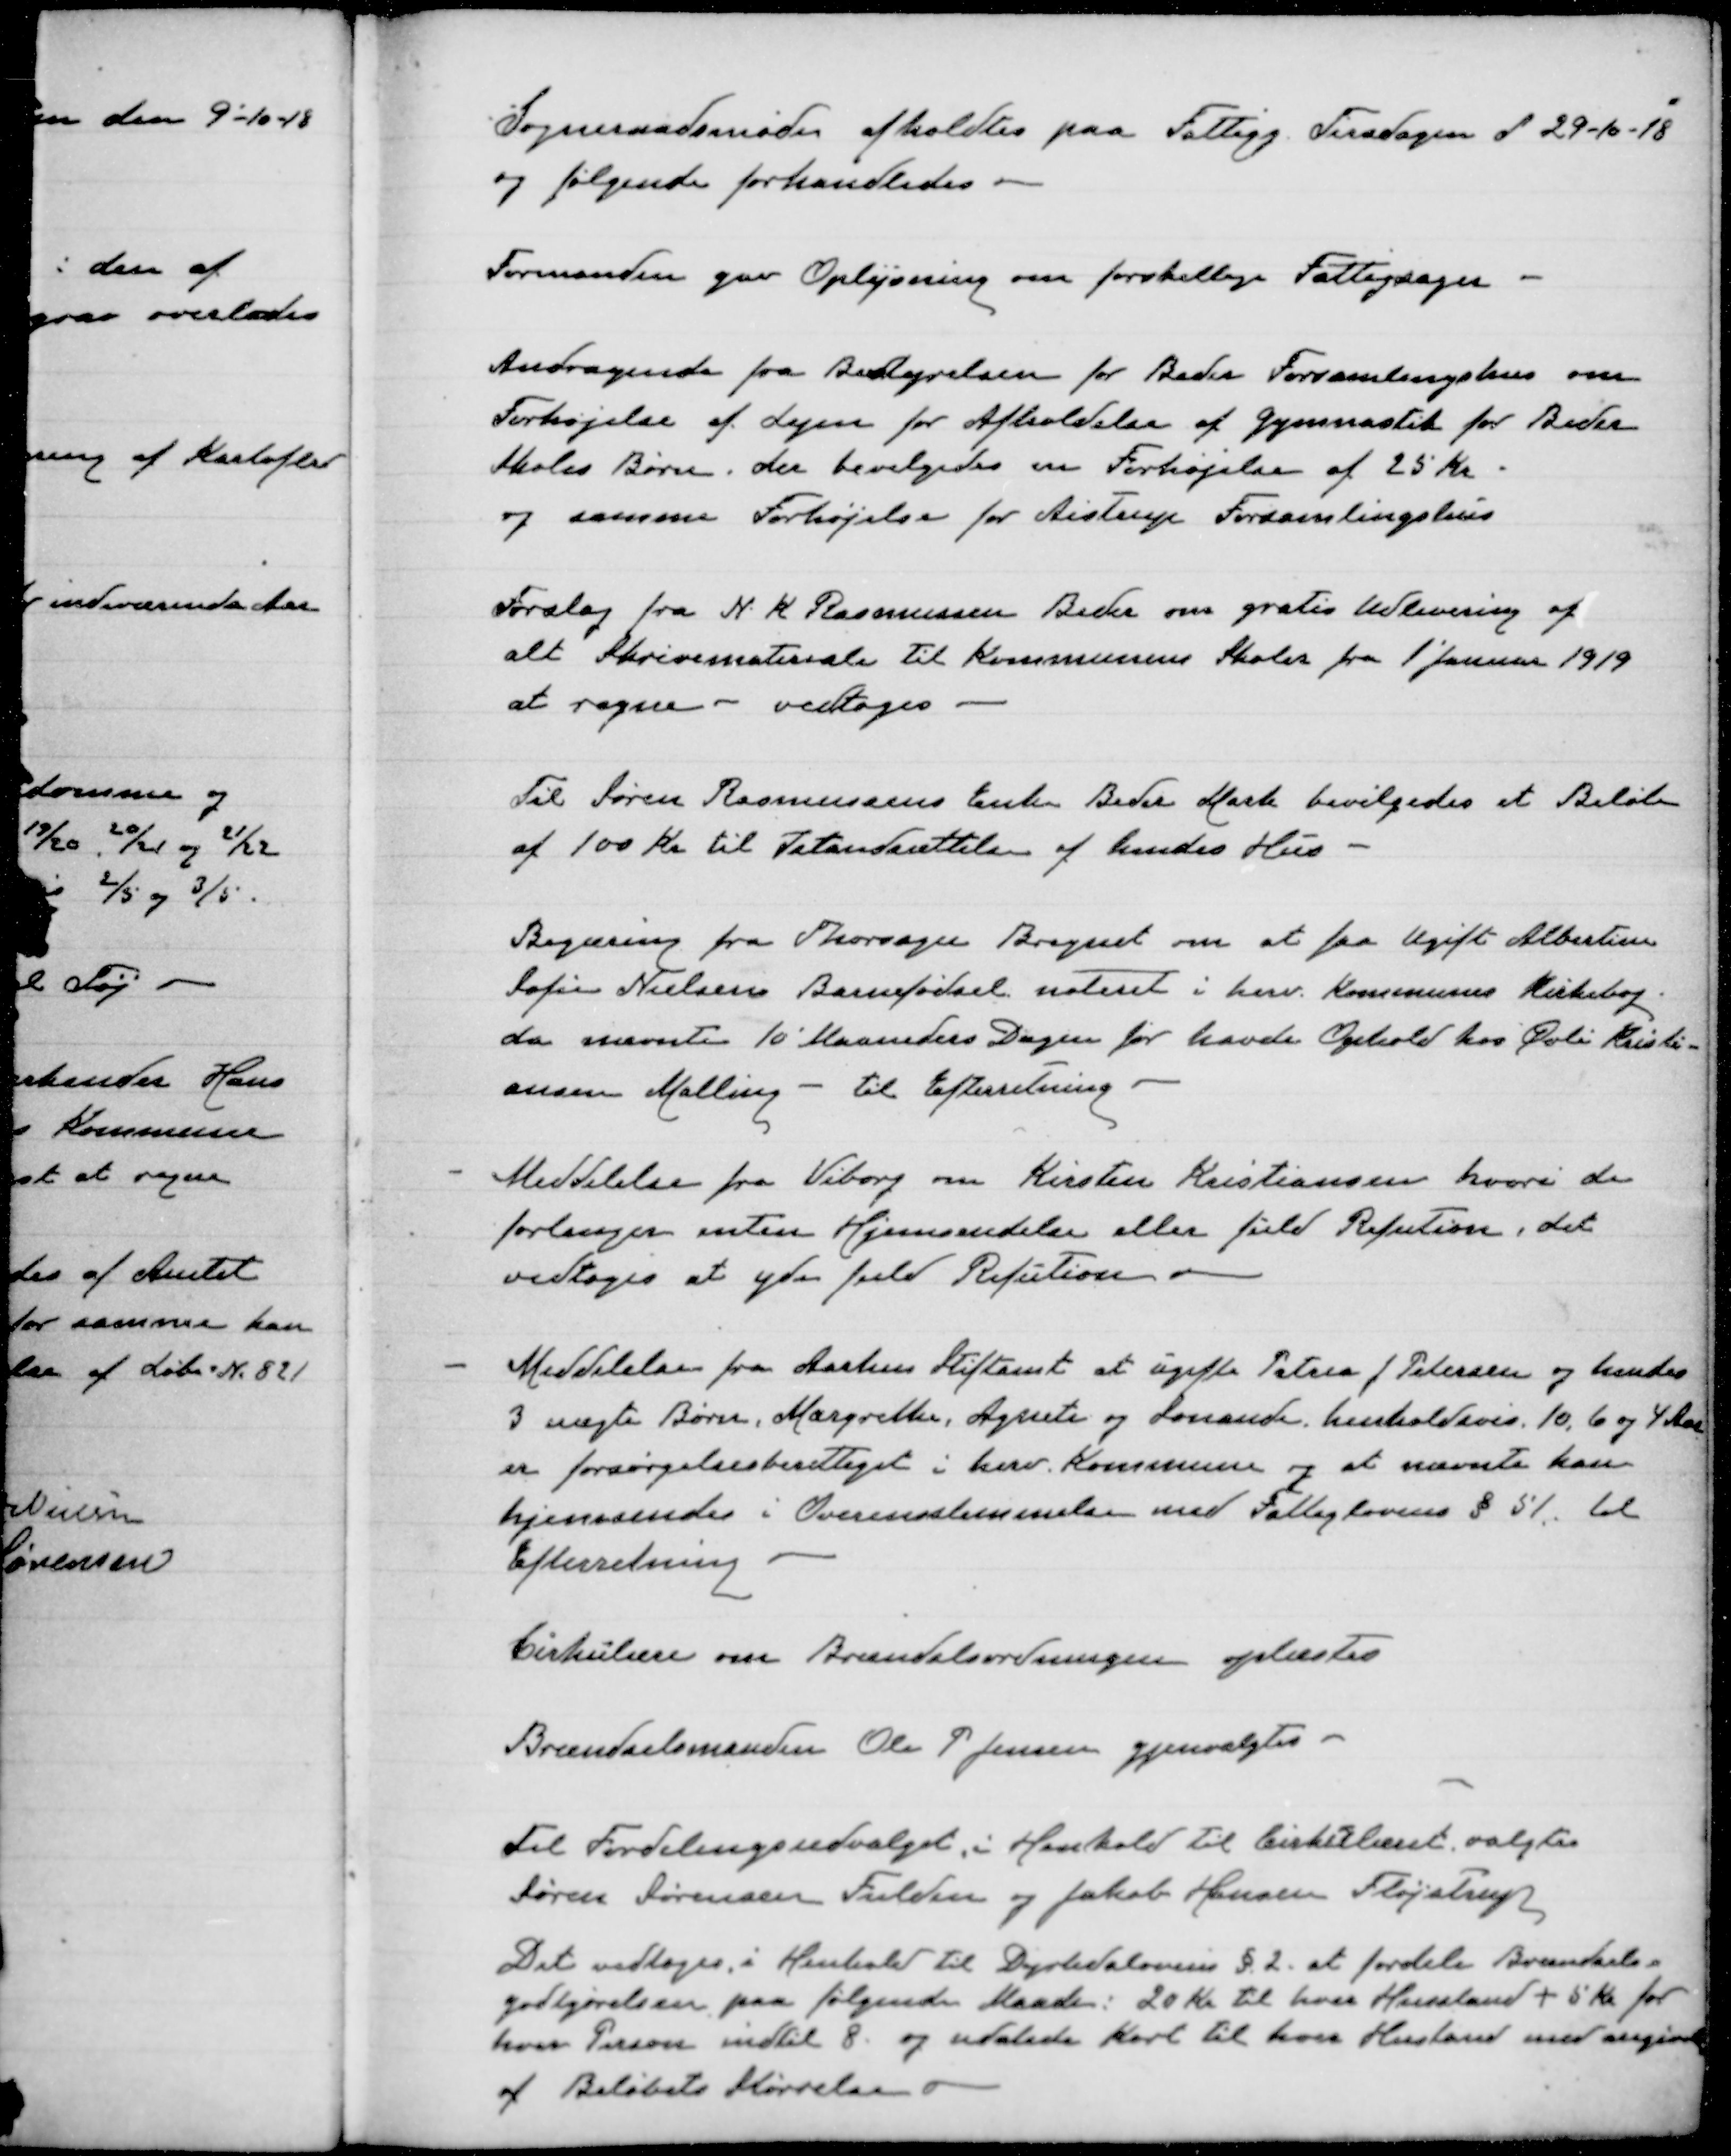
Transskription:
Sogneraadsmøde afholdets paa Fattigg. Tirsdagen d 29-10-18
og følgende forhandledes

Formanden gav Oplysning om forskellige Fattigsager

Andragende fra Bestyrelsen for Beder Forsamlingshus om
Forhøjelse af Lejen for Afholdelse af Gymnastik for Beder
Skoles Børn. Der bevilgedes en Forhøjelse af 25 Kr
og samme Forhøjelse for Aistrup Forsamlingshus

Forslag fra N K Rasmussen, Beder om gratis Udlevering af
alt Skrivemateriale til Kommunens Skoler fra 1' januar 1919
at regne - Vedtoges

Til Søren Rasmussens Enke Beder Mark bevilgedes et Beløb
af 100 Kr til Istandsættelse af hendes Hus

Begæring fra Thorsager Bregnet om at faa Ugift Albertine
Sofie Nielsens Barnefødsel noteret i herv. Kommunes Kirkebog
da nævnte 10' Maaneders Dagen før havde Ophold hos Øvli Kristi-
ansen Malling - til Efterretning

Meddelelse fra Viborg om Kirsten Kristiansen hvori de
forlanger enten Hjemsendelse eller fuld Refution, det
vedtoges at yde fuld Refution

Meddelelse fra Aarhus Stiftamt at ugifte Petrea J Petersen og hendes
3 uægte Børn, Margrethe, Agnete og Sonande, henholdsvis 10, 6 og 4 Aar
er forsørgelsesberettiget i herv. kommune og at nævnte kan
hjemsendes i Overensstemmelse med Fattiglovens § 51 til
Efterretning

Cirkulære om Brændselsordningen oplæstes

Brændselsmanden Ole P. Jensen gjenvalgtes

Til Fordelingsudvalget i Henhold til Cirkulæret valgtes
Søren Sørensen, Fulden og Jakob Hansen, Fløjstrup
Det vedtoges i Henhold til Dyrtidslovens § 2 at fordele Brændsels-
godtgørelsen paa følgende Maade: 20 kr. til hver Husstand + 5 kr for
hver person indtil 8 og udalade Kort til hver Hustand med angivelse
af Beløbets størrelse